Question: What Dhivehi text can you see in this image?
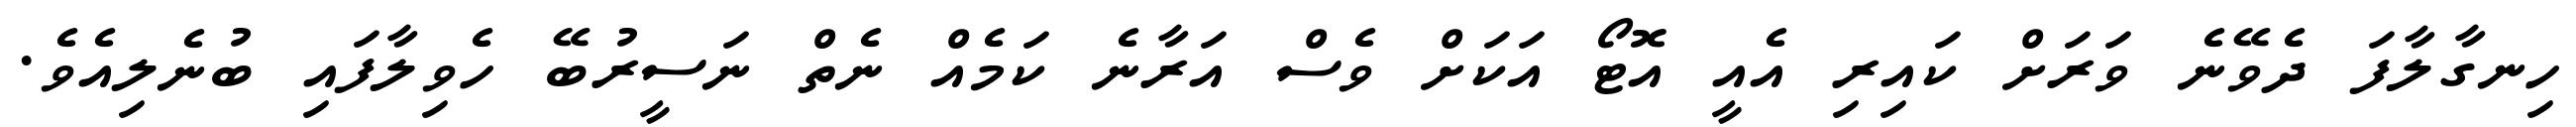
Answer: ހިނގާލާފަ ދެވޭނެ ވަރަށް ކައިރި އެއީ އޮޓޯ އަކަށް ވެސް އަރާނެ ކަމެއް ނެތް ނަސީރުބޭ ހެވިލާފައި ބުނެލިއެވެ.